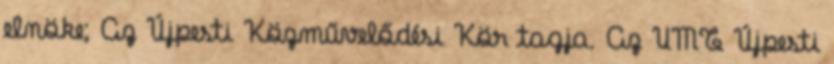
elnöke; Az Újpesti Közművelődési Kör tagja. Az UMT Újpesti